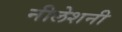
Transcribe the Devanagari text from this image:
नीलेशनी